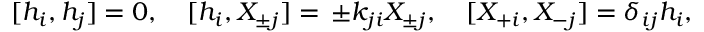
[ h _ { i } , h _ { j } ] = 0 , \quad [ h _ { i } , X _ { \pm j } ] = \, \pm k _ { j i } X _ { \pm j } , \quad [ X _ { + i } , X _ { - j } ] = \delta _ { i j } h _ { i } ,